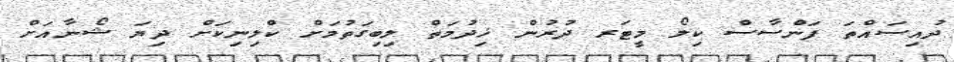
ދުއިސައްތަ ފަންސާސް ކިލޯ މީޓަރ ދުރުން ޚިދުމަތް ލިބިގަތުމަށް ކްލިނިކަށް ދިޔަ ޝޯނާއަށް